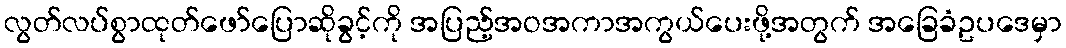
လွတ်လပ်စွာထုတ်ဖော်ပြောဆိုခွင့်ကို အပြည့်အဝအကာအကွယ်ပေးဖို့အတွက် အခြေခံဥပဒေမှာ